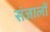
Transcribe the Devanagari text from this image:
संजालों